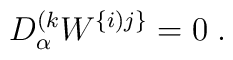
D^{(k}_\alpha W^{\{i)j\}}=0\;.